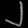
Digit: ၂